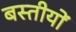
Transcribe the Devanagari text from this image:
बस्तीयों